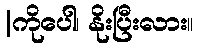
|ကိုပေါ၊ နိုးပြီးလား။